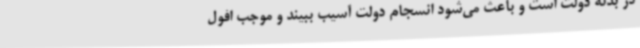
در بدنه دولت است و باعث می‌شود انسجام دولت آسیب ببیند و موجب افول